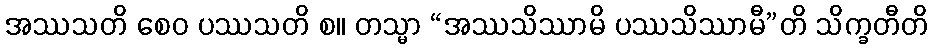
အဿသတိ စေဝ ပဿသတိ စ။ တသ္မာ “အဿသိဿာမိ ပဿသိဿာမီ”တိ သိက္ခတီတိ